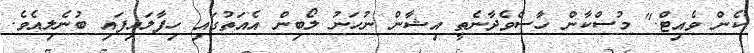
ކެން ވެއިޓް." މުސްކާން ހާސްވެދާނެތީ އިޝާން ނުހަނު ލޯބިން އެއަތުގައި ހިފާލައިފައި ބުނެލިއެވެ.